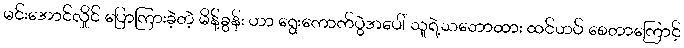
မင်းအောင်လှိုင် ပြောကြားခဲ့တဲ့ မိန့်ခွန်း ဟာ ရွေးကောက်ပွဲအပေါ် သူရဲ့သဘောထား ထင်ဟပ် စေတာကြောင့်